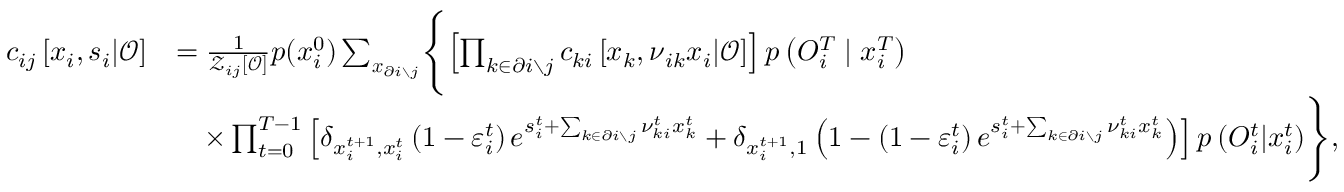
\begin{array} { r l } { c _ { i j } \left[ \boldsymbol { x } _ { i } , \boldsymbol { s } _ { i } | \boldsymbol { \mathcal { O } } \right] } & { = \frac { 1 } { \mathcal { Z } _ { i j } \left[ \boldsymbol { \mathcal { O } } \right] } p ( x _ { i } ^ { 0 } ) \sum _ { \boldsymbol { x } _ { \partial i \setminus j } } \Biggl \{ \left[ \prod _ { k \in \partial i \setminus j } c _ { k i } \left[ \boldsymbol { x } _ { k } , \boldsymbol { \nu } _ { i k } \boldsymbol { x } _ { i } | \boldsymbol { \mathcal { O } } \right] \right] p \left( { O } _ { i } ^ { T } \mid x _ { i } ^ { T } \right) } \\ & { \quad \times \prod _ { t = 0 } ^ { T - 1 } \left[ \delta _ { x _ { i } ^ { t + 1 } , x _ { i } ^ { t } } \left( 1 - \varepsilon _ { i } ^ { t } \right) e ^ { s _ { i } ^ { t } + \sum _ { k \in \partial i \setminus j } \nu _ { k i } ^ { t } x _ { k } ^ { t } } + \delta _ { x _ { i } ^ { t + 1 } , 1 } \left( 1 - \left( 1 - \varepsilon _ { i } ^ { t } \right) e ^ { s _ { i } ^ { t } + \sum _ { k \in \partial i \setminus j } \nu _ { k i } ^ { t } x _ { k } ^ { t } } \right) \right] p \left( { O } _ { i } ^ { t } | x _ { i } ^ { t } \right) \Biggr \} , } \end{array}